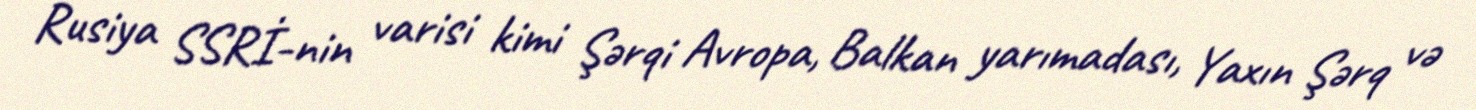
Rusiya SSRİ-nin varisi kimi Şərqi Avropa, Balkan yarımadası, Yaxın Şərq və